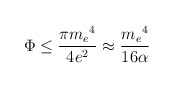
\begin{align*}\Phi \leq \frac {\pi {m_e}^4}{4e^2} \approx \frac {{m_e}^4}{16 \alpha}\end{align*}